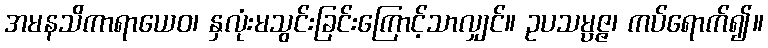
အမနသိကာရာယေဝ၊ နှလုံးမသွင်းခြင်းကြောင့်သာလျှင်။ ဥပသမ္ပဇ္ဇ၊ ကပ်ရောက်၍။